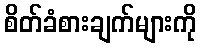
စိတ်ခံစားချက်များကို